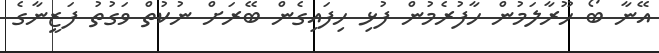
އޭނާ ބޯ ހޫރާލަމުން ހާފުރެމުން ފުޅި ހިފައިގެން ބޭރަށް ނުކުތް ވަގުތު ފަޒީނާގެ